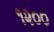
૧૨૦૦